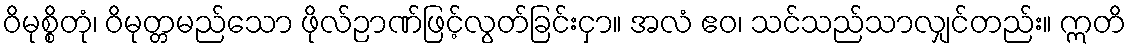
ဝိမုစ္စိတုံ၊ ဝိမုတ္တမည်သော ဖိုလ်ဉာဏ်ဖြင့်လွတ်ခြင်းငှာ။ အလံ ဧဝ၊ သင်သည်သာလျှင်တည်း။ ဣတိ